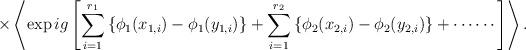
LaTeX: \begin{align*}\times \left\langle \exp ig\left[\sum_{i=1}^{r_1}\left\{\phi_1(x_{1,i})-\phi_1(y_{1,i})\right\}+\sum_{i=1}^{r_2}\left\{\phi_2(x_{2,i})-\phi_2(y_{2,i})\right\}+\cdots \cdots \right]\right\rangle.\end{align*}